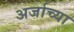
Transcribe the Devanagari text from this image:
अर्जाच्या